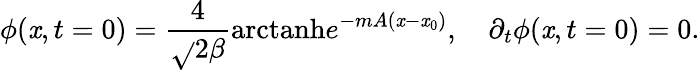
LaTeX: \phi(\mathit{x},t=0)={\frac{{4}}{{\sqrt{}{2}\beta}}}\mathrm{{arctanh}}e^{-mA(\mathit{x}-\mathit{x}_{0})},\quad\partial_{t}\phi(\mathit{x},t=0)=0.